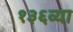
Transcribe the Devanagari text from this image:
१३६व्या